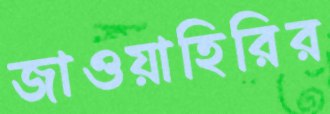
জাওয়াহিরির